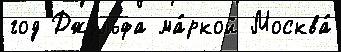
год Джульфа ма́ркой Москва́